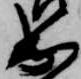
出